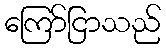
ကြော်ငြာသည်